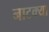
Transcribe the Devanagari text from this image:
नाटक्या